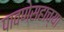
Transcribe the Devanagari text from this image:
पावणेसहाच्या